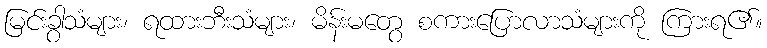
မြင်းခွာသံများ၊ ရထားဘီးသံများ၊ မိန်းမတွေ စကားပြောလာသံများကို ကြားရ၏။